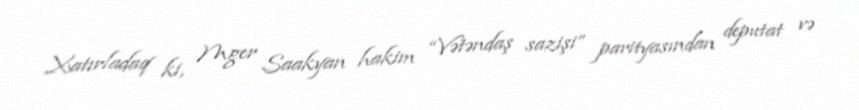
Xatırladaq ki, Mger Saakyan hakim “Vətəndaş sazişi” parityasından deputat və